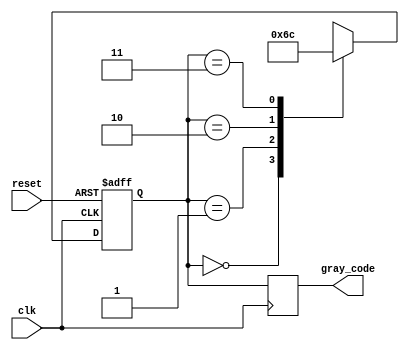
module gray_code_generator (
    input wire clk,         // Clock signal
    input wire reset,       // Reset signal
    output reg [1:0] gray_code // 2-bit Gray code output
);

// State encoding
localparam STATE_00 = 2'b00; // Gray code: 00
localparam STATE_01 = 2'b01; // Gray code: 01
localparam STATE_11 = 2'b10; // Gray code: 11
localparam STATE_10 = 2'b11; // Gray code: 10

// Current state and next state variables
reg [1:0] current_state, next_state;

// State transition logic
always @(posedge clk or posedge reset) begin
    if (reset) begin
        current_state <= STATE_00; // Reset to State 00
    end else begin
        current_state <= next_state; // Transition to next state
    end
end

// Next state logic
always @(*) begin
    case (current_state)
        STATE_00: next_state = STATE_01; // From 00 to 01
        STATE_01: next_state = STATE_11; // From 01 to 11
        STATE_11: next_state = STATE_10; // From 11 to 10
        STATE_10: next_state = STATE_00; // From 10 to 00
        default: next_state = STATE_00;  // Default to State 00
    endcase
end

// Output logic
always @(posedge clk) begin
    gray_code <= current_state; // Output the current state as Gray code
end

endmodule